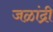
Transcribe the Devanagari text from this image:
जळांद्री